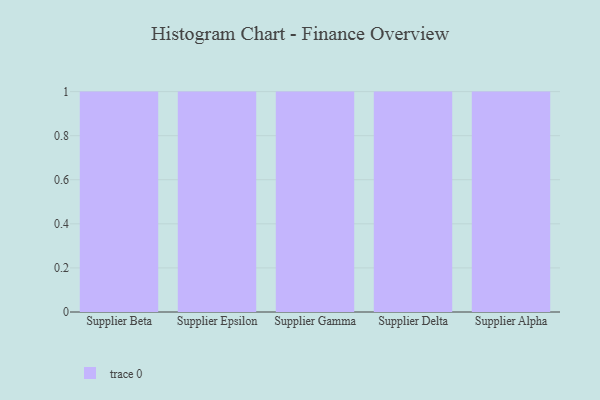
{"axis": {"x": "Supplier", "y": "LTV (USD)"}, "legend": [""], "data": [{"x": "Supplier Beta", "y": 30, "type": ""}, {"x": "Supplier Epsilon", "y": 49, "type": ""}, {"x": "Supplier Gamma", "y": 19, "type": ""}, {"x": "Supplier Delta", "y": 32, "type": ""}, {"x": "Supplier Alpha", "y": 8, "type": ""}]}